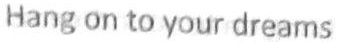
Hang on to your dreams